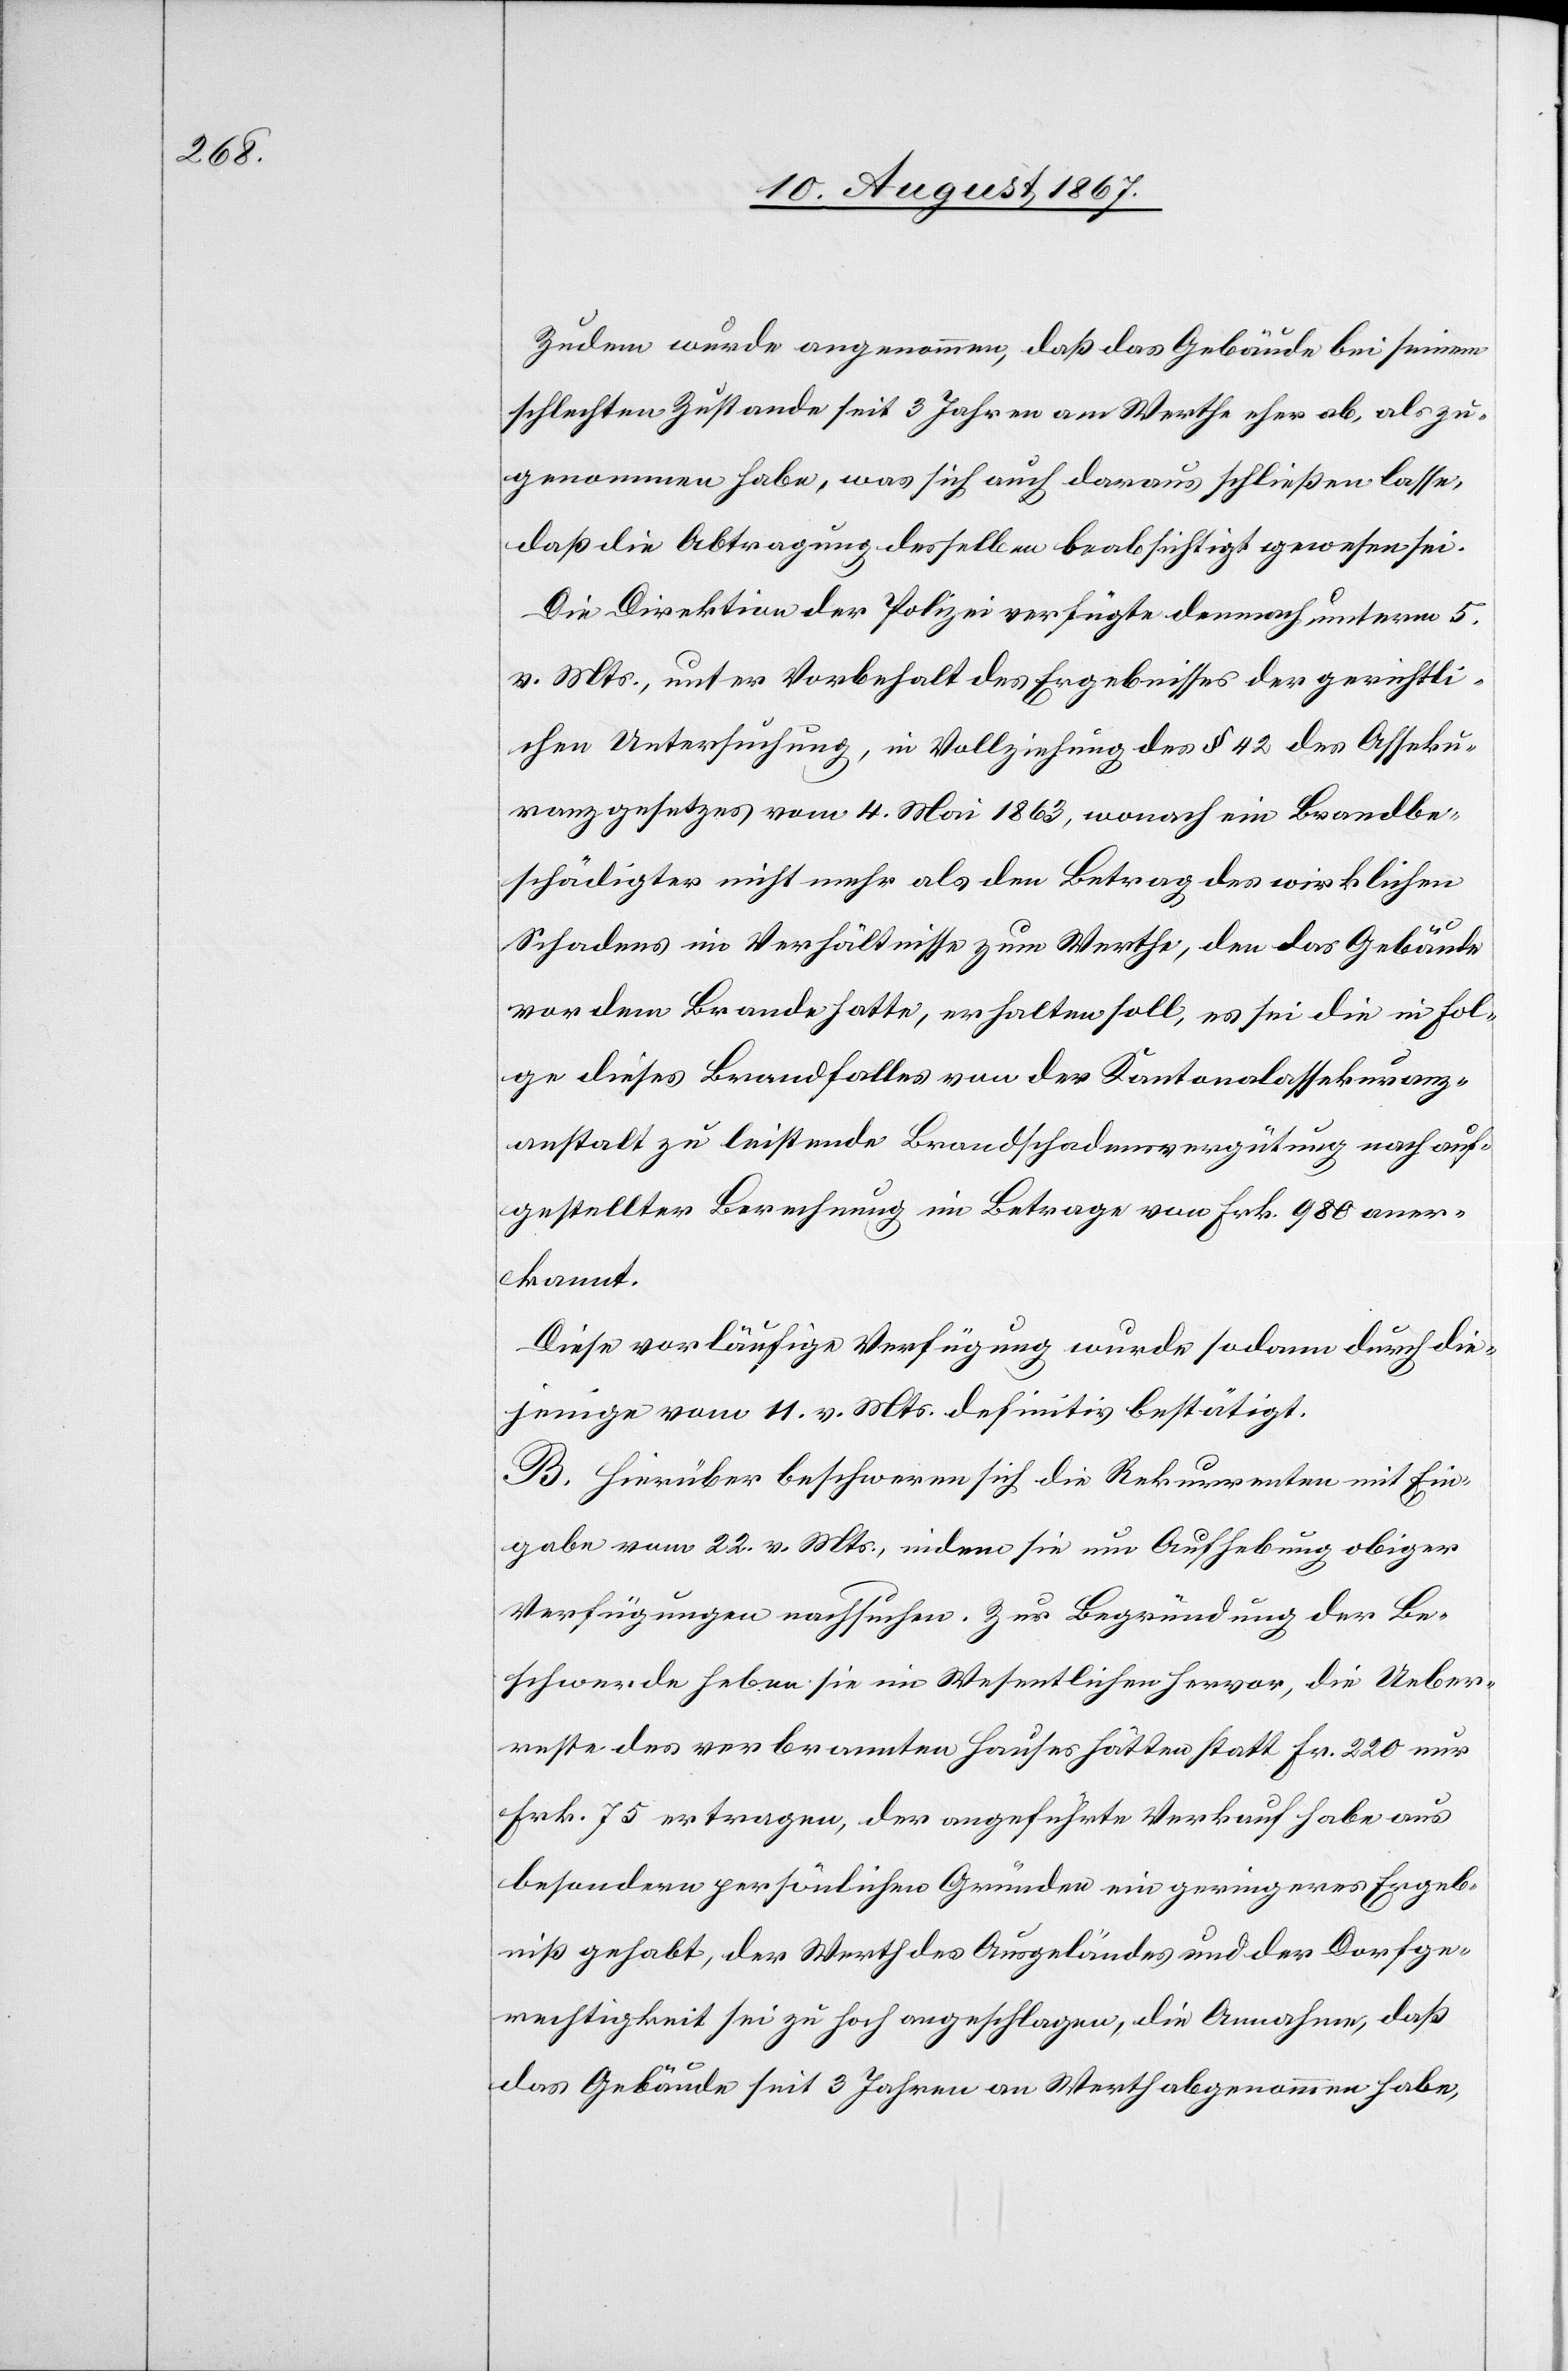
Zudem wurde angenommen, daß das Gebäude bei seinem
schlechten Zustande seit 3 Jahren am Werthe eher ab, als zu¬
genommen habe, was sich auch daraus schließen lasse,
daß die Abtragung desselben beabsichtigt gewesen sei.
Die Direktion der Polizei verfügte demnach unterm 5.
v. Mts., unter Vorbehalt des Ergebnisses der gerichtli¬
chen Untersuchung, in Vollziehung des § 42 des Asseku¬
ranzgesetzes vom 4. Mai 1863, wonach ein Brandbe¬
schädigter nicht mehr als den Betrag des wirklichen
Schadens im Verhältnisse zum Werthe, den das Gebäude
vor dem Brande hatte, erhalten soll, es sei die in Fol¬
ge dieses Brandfalles von der Kantonalassekuranz¬
anstalt zu leistende Brandschadensvergütung nach auf¬
gestellter Berechnung im Betrage von Frk. 980 aner¬
kannt.
Diese vorläufige Verfügung wurde sodann durch die¬
jenige vom 11. v. Mts. definitiv bestätigt.
B. Hierüber beschweren sich die Rekurrenten mit Ein¬
gabe vom 22. v. Mts., indem sie um Aufhebung obiger
Verfügungen nachsuchen. Zur Begründung der Be¬
schwerde heben sie im Wesentlichen hervor, die Ueber¬
reste des verbrannten Hauses hätten statt Fr. 220 nur
Frk. 75 ertragen, der angeführte Verkauf habe aus
besondern persönlichen Gründen ein geringeres Ergeb¬
niß gehabt, der Werth des Ausgeländes und der Dorfge¬
rechtigkeit sei zu hoch angeschlagen, die Annahme, daß
das Gebäude seit 3 Jahren an Werth abgenommen habe,